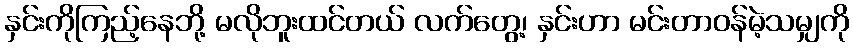
နှင်းကိုကြည့်နေဘို့ မလိုဘူးထင်တယ် လက်တွေ့၊ နှင်းဟာ မင်းတာဝန်မဲ့သမျှကို